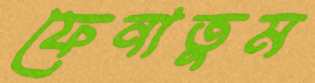
ফেনাতুম